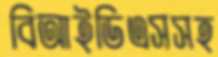
বিআইডিএসসহ